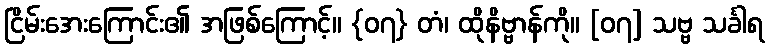
ငြိမ်းအေးကြောင်း၏ အဖြစ်ကြောင့်။ {၀၇} တံ၊ ထိုနိဗ္ဗာန်ကို။ [၀၇] သဗ္ဗ သင်္ခါရ